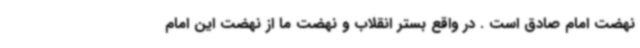
نهضت امام صادق است . در واقع بستر انقلاب و نهضت ما از نهضت این امام